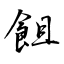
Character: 飷